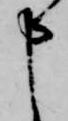
申